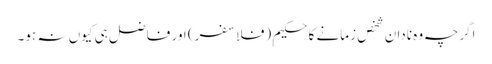
اگرچہ وہ نادان شخص زمانے کا حکیم (فلاسفر) اور فاضل ہی کیوں نہ ہو۔